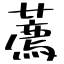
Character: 薦